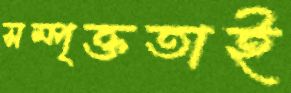
সম্পৃক্ততাই